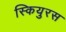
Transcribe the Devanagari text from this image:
स्कियुरस